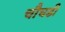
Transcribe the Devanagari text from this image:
चौघडी